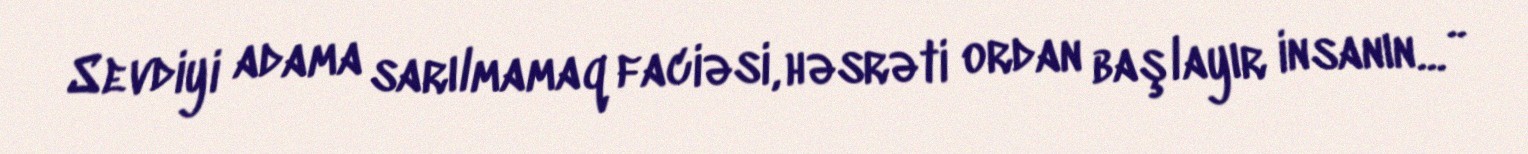
Sevdiyi adama sarılmamaq faciəsi, həsrəti ordan başlayır insanın... ..